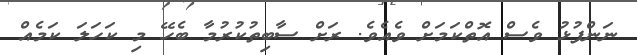
ނަންފުޅު ވެސް އޮތްކަމަށް ވެއެވެ. ރަށް ސާބިތުކުރުމާ ބެހޭ މި ކަހަލަ ކަމެއް